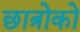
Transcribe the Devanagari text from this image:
छात्रोको